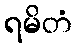
ရမိတံ